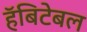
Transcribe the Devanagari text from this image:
हॅबिटेबल